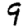
Digit: 9